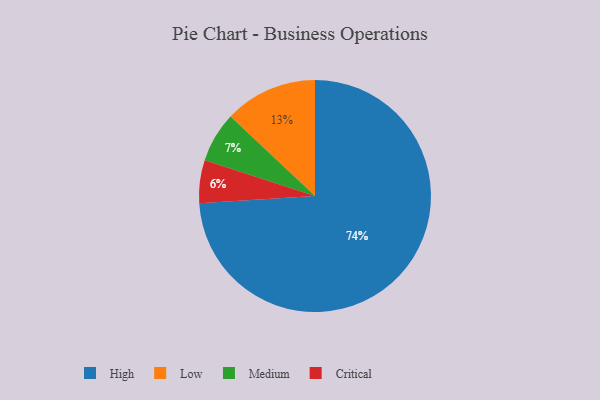
{"axis": {"x": "Category", "y": "Percentage"}, "legend": ["Critical", "High", "Low", "Medium"], "data": [{"x": "Critical", "y": 6, "type": "Critical"}, {"x": "Medium", "y": 7, "type": "Medium"}, {"x": "High", "y": 74, "type": "High"}, {"x": "Low", "y": 13, "type": "Low"}]}